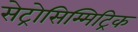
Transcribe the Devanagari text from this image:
सेट्रोसिम्मिट्रिक